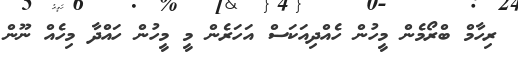
ރިހާމް ބްރޯމެން މީހުން ހެއްދިއަކަސް އަހަރެން މީ މީހުން ހައްދާ މިހެއް ނޫން